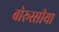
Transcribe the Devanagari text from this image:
बोरूस्सीया